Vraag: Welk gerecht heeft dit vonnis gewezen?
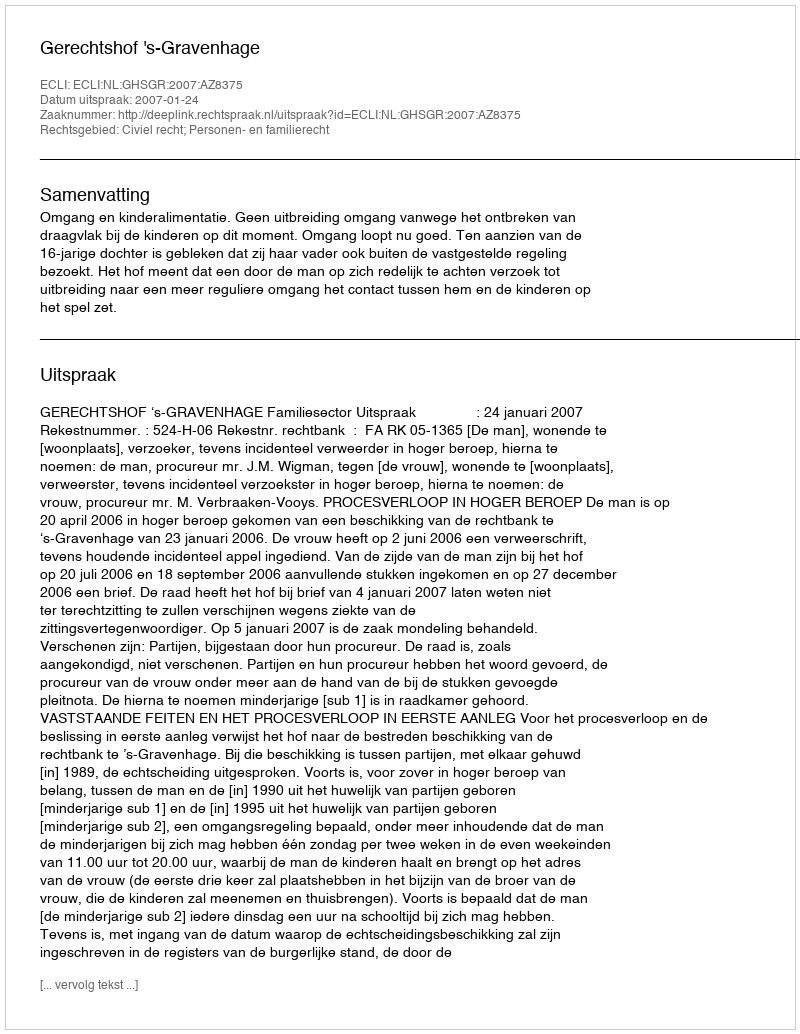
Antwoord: Gerechtshof 's-Gravenhage